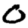
Digit: 0